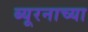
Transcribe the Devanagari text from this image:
ब्यूरनाच्या